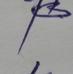
Signature authenticity: forged